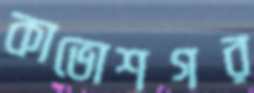
কাভোশগর